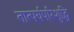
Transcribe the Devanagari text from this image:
तात्पर्यपरिशुद्धि